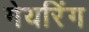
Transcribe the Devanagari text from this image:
गेयरिंग